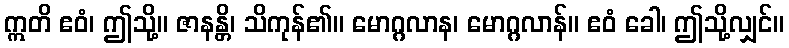
ဣတိ ဧဝံ၊ ဤသို့။ ဇာနန္တိ၊ သိကုန်၏။ မောဂ္ဂလာန၊ မောဂ္ဂလာန်။ ဧဝံ ခေါ၊ ဤသို့လျှင်။